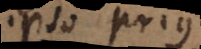
ipso prius